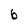
Character: b